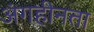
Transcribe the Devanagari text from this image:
अंगहीनता